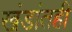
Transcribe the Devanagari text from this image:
खंडांतही